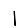
Digit: 1